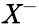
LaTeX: \mathit{X}^{-}